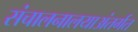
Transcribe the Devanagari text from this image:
संचालनालयाअंतर्गत